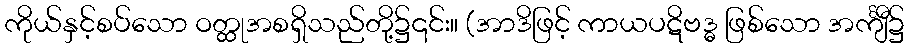
ကိုယ်နှင့်စပ်သော ဝတ္ထုအစရှိသည်တို့၌၎င်း။ (အာဒိဖြင့် ကာယပဋိဗဒ္ဓ ဖြစ်သော အင်္ကျီ၌